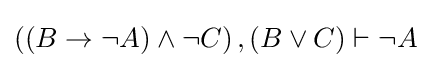
\left(\left(B\rightarrow \lnot A\right)\land \lnot C\right),\left(B\lor C\right)\vdash \lnot A